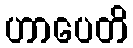
ဟာပေတိ